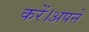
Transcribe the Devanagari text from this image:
करें।अपने